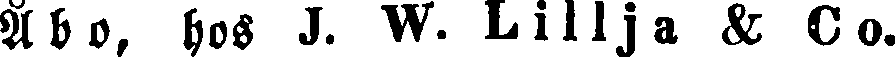
Åbo, hos J. W. Lillja & Co.